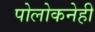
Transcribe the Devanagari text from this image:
पोलोकनेही